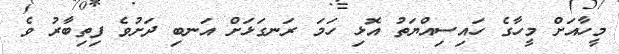
މީހާއަށް މީހާގެ ހައިސިއްޔަތު އޮޅި ހަމަ ރަނގަޅަށް އަނބި ދަށުވެ ފިތިބާރު ވެ